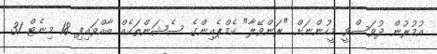
އުމުރުން ދުވަސްވީ މީހުންނަށް "ރަންވޭލާ" ކެމްޕެއިންގެ ސެޝަންތަކެއް ބާއްވައިފި 18 މިނެޓް 31